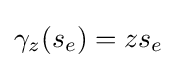
\gamma _{z}(s_{e})=zs_{e}